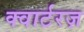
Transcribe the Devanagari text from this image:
क्वार्टरज़